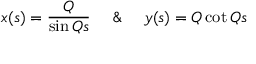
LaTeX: x ( s ) = \frac { Q } { \sin Q s } \ \ \ \ \& \ \ \ \ y ( s ) = Q \cot Q s